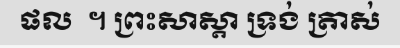
ផល  ។ ព្រះសាស្តា ទ្រង់ ត្រាស់